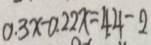
0 . 3 x - 0 . 2 2 x = 4 . 4 - 2